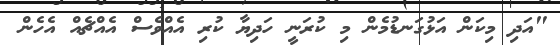
"އަދި މިކަން އަޅުގަނޑުމެން މި ކުރަނީ ހަދިޔާ ކުރި އެއްވެސް އެއްޗެއް އެހެން